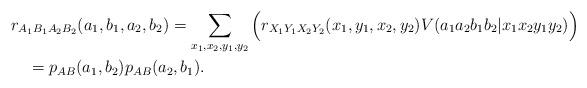
LaTeX: \begin{align*}&r_{A_1B_1A_2B_2}(a_1,b_1,a_2,b_2)=\sum_{x_1,x_2,y_1,y_2}\Big(r_{X_1Y_1X_2Y_2}(x_1,y_1,x_2,y_2) V(a_1a_2b_1b_2|x_1x_2y_1y_2)\Big)\\&\quad=p_{AB}(a_1,b_2)p_{AB}(a_2,b_1).\end{align*}